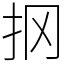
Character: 㧏